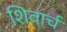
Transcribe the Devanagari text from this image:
शिवार्च